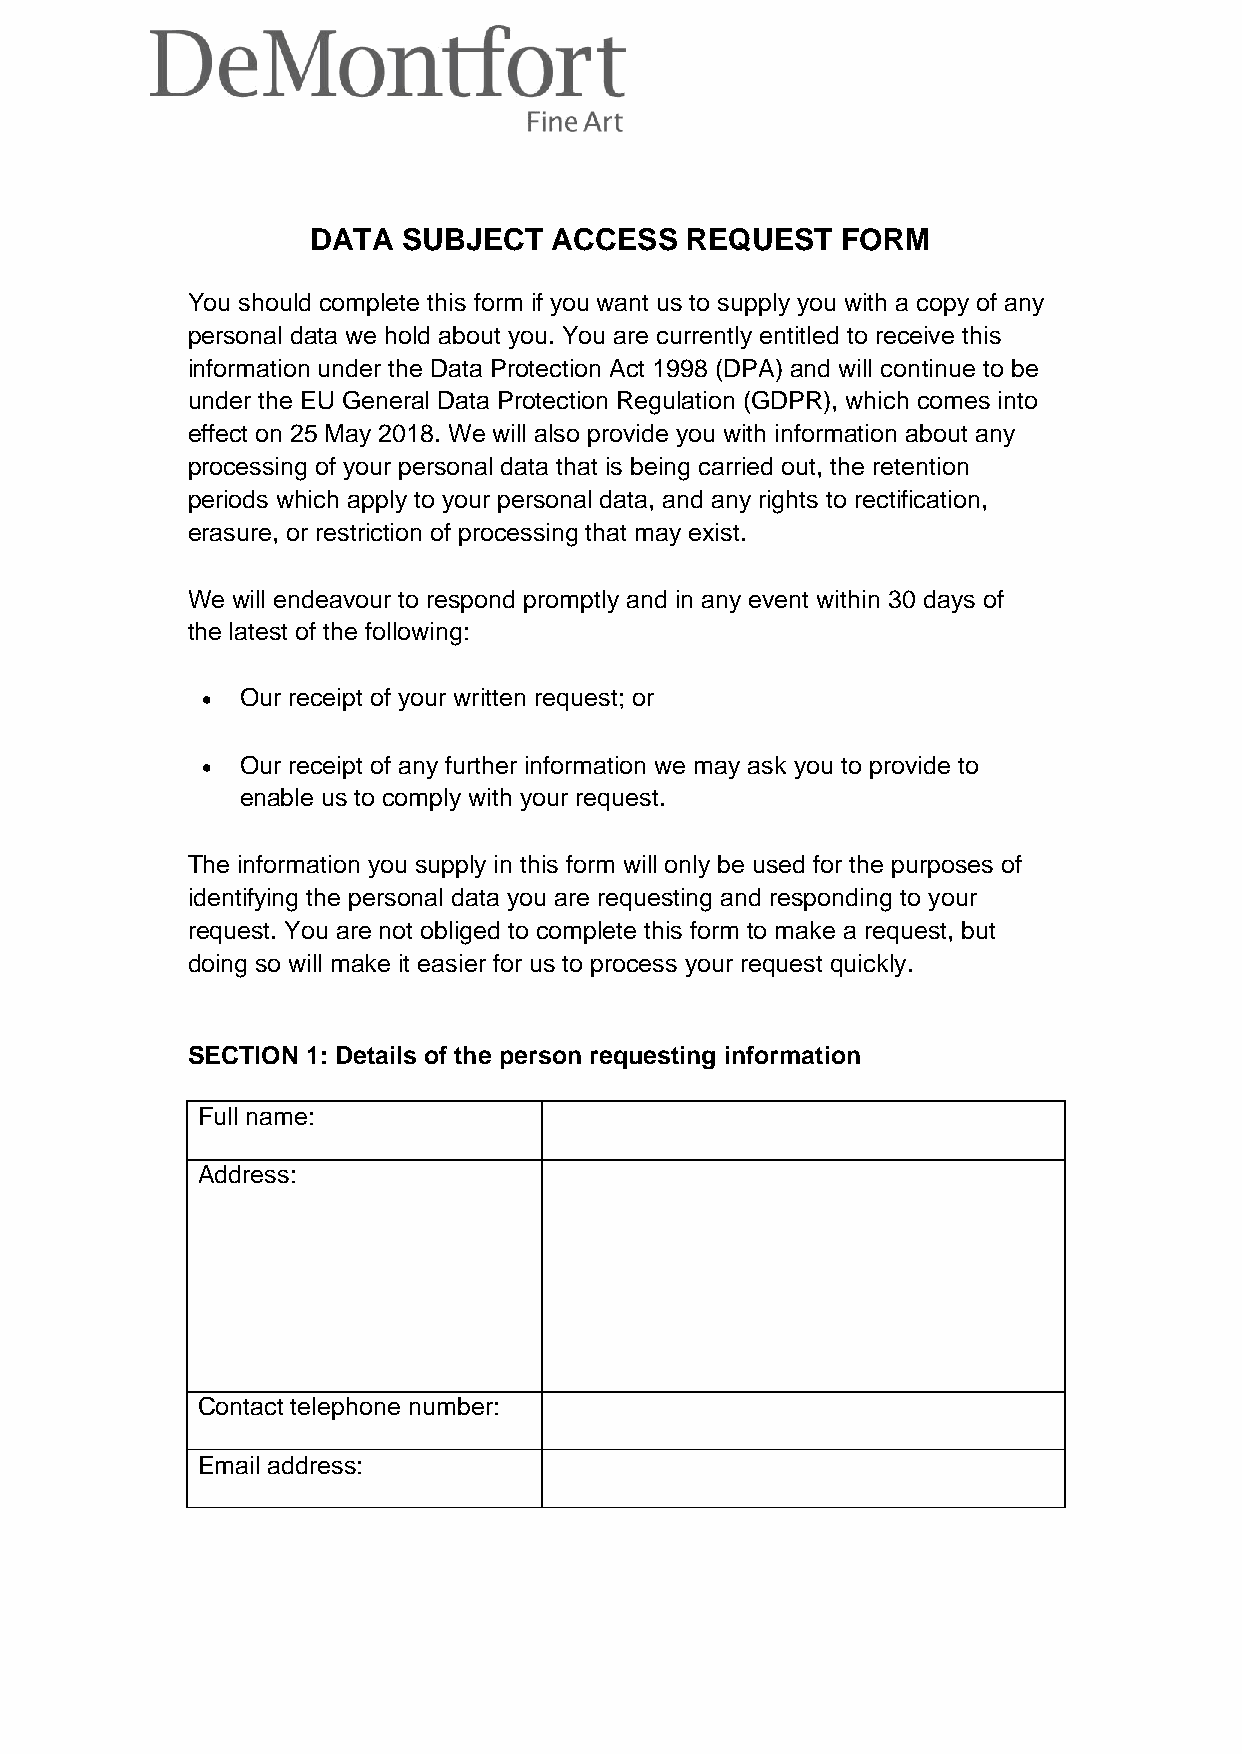
DATA  SUBJECT   ACCESS  REQUEST    FORM
 You should complete this form if you want us to supply you with a copy of any
 personal data we hold about you. You are currently entitled to receive this
 information under the Data Protection Act 1998 (DPA) and will continue to be
 under the EU General Data Protection Regulation (GDPR), which comes into
 effect on 25 May 2018. We will also provide you with information about any
 processing of your personal data that is being carried out, the retention
 periods which apply to your personal data, and any rights to rectification,
 erasure, or restriction of processing that may exist.
 We will endeavour to respond promptly and in any event within 30 days of
 the latest of the following:
 •  Our receipt of your written request; or
 
 •  Our receipt of any further information we may ask you to provide to
 enable us to comply with your request.
 The information you supply in this form will only be used for the purposes of
 identifying the personal data you are requesting and responding to your
 request. You are not obliged to complete this form to make a request, but
 doing so will make it easier for us to process your request quickly.
 SECTION 1: Details of the person requesting information
 Full name:
 Address:
 Contact telephone number:
 Email address: